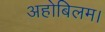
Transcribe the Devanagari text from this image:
अहोबिलम।